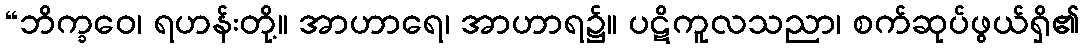
“ဘိက္ခဝေ၊ ရဟန်းတို့။ အာဟာရေ၊ အာဟာရ၌။ ပဋိကူလသညာ၊ စက်ဆုပ်ဖွယ်ရှိ၏